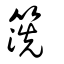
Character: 箲